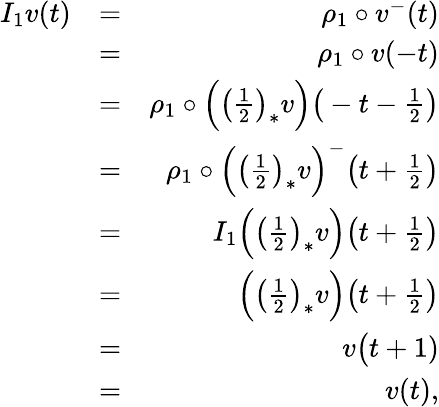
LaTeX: \begin{array}{rlr}{I_{1}v(t)}&{=}&{\rho_{1}\circ v^{-}(t)}\\ &{=}&{\rho_{1}\circ v(-t)}\\ &{=}&{\rho_{1}\circ\Big(\big(\frac{1}{2}\big)_{*}v\Big)\big(-t-\frac{1}{2}\big)}\\ &{=}&{\rho_{1}\circ\Big(\big(\frac{1}{2}\big)_{*}v\Big)^{-}\big(t+\frac{1}{2}\big)}\\ &{=}&{I_{1}\Big(\big(\frac{1}{2}\big)_{*}v\Big)\big(t+\frac{1}{2}\big)}\\ &{=}&{\Big(\big(\frac{1}{2}\big)_{*}v\Big)\big(t+\frac{1}{2}\big)}\\ &{=}&{v\big(t+1)}\\ &{=}&{v(t),}\end{array}